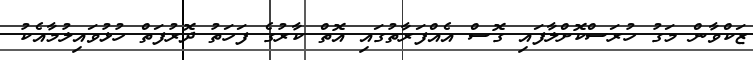
ޒަކްވާން މަގު ހުރަސްކޮށްލާފައި ގޮސް އެއްފަރާތުގައި އޮތް ކާރުގެ ފަހަތު ދޮރުފަތް ހުޅުވައިލުމާއެކު